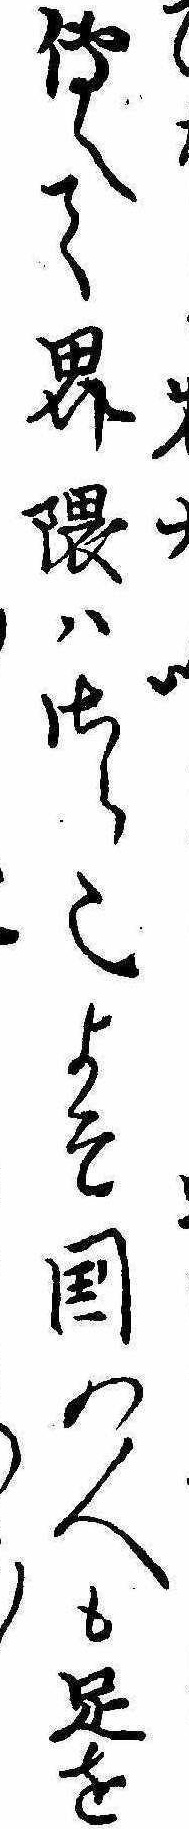
伝へて界隈はさら也よそ国の人も足を